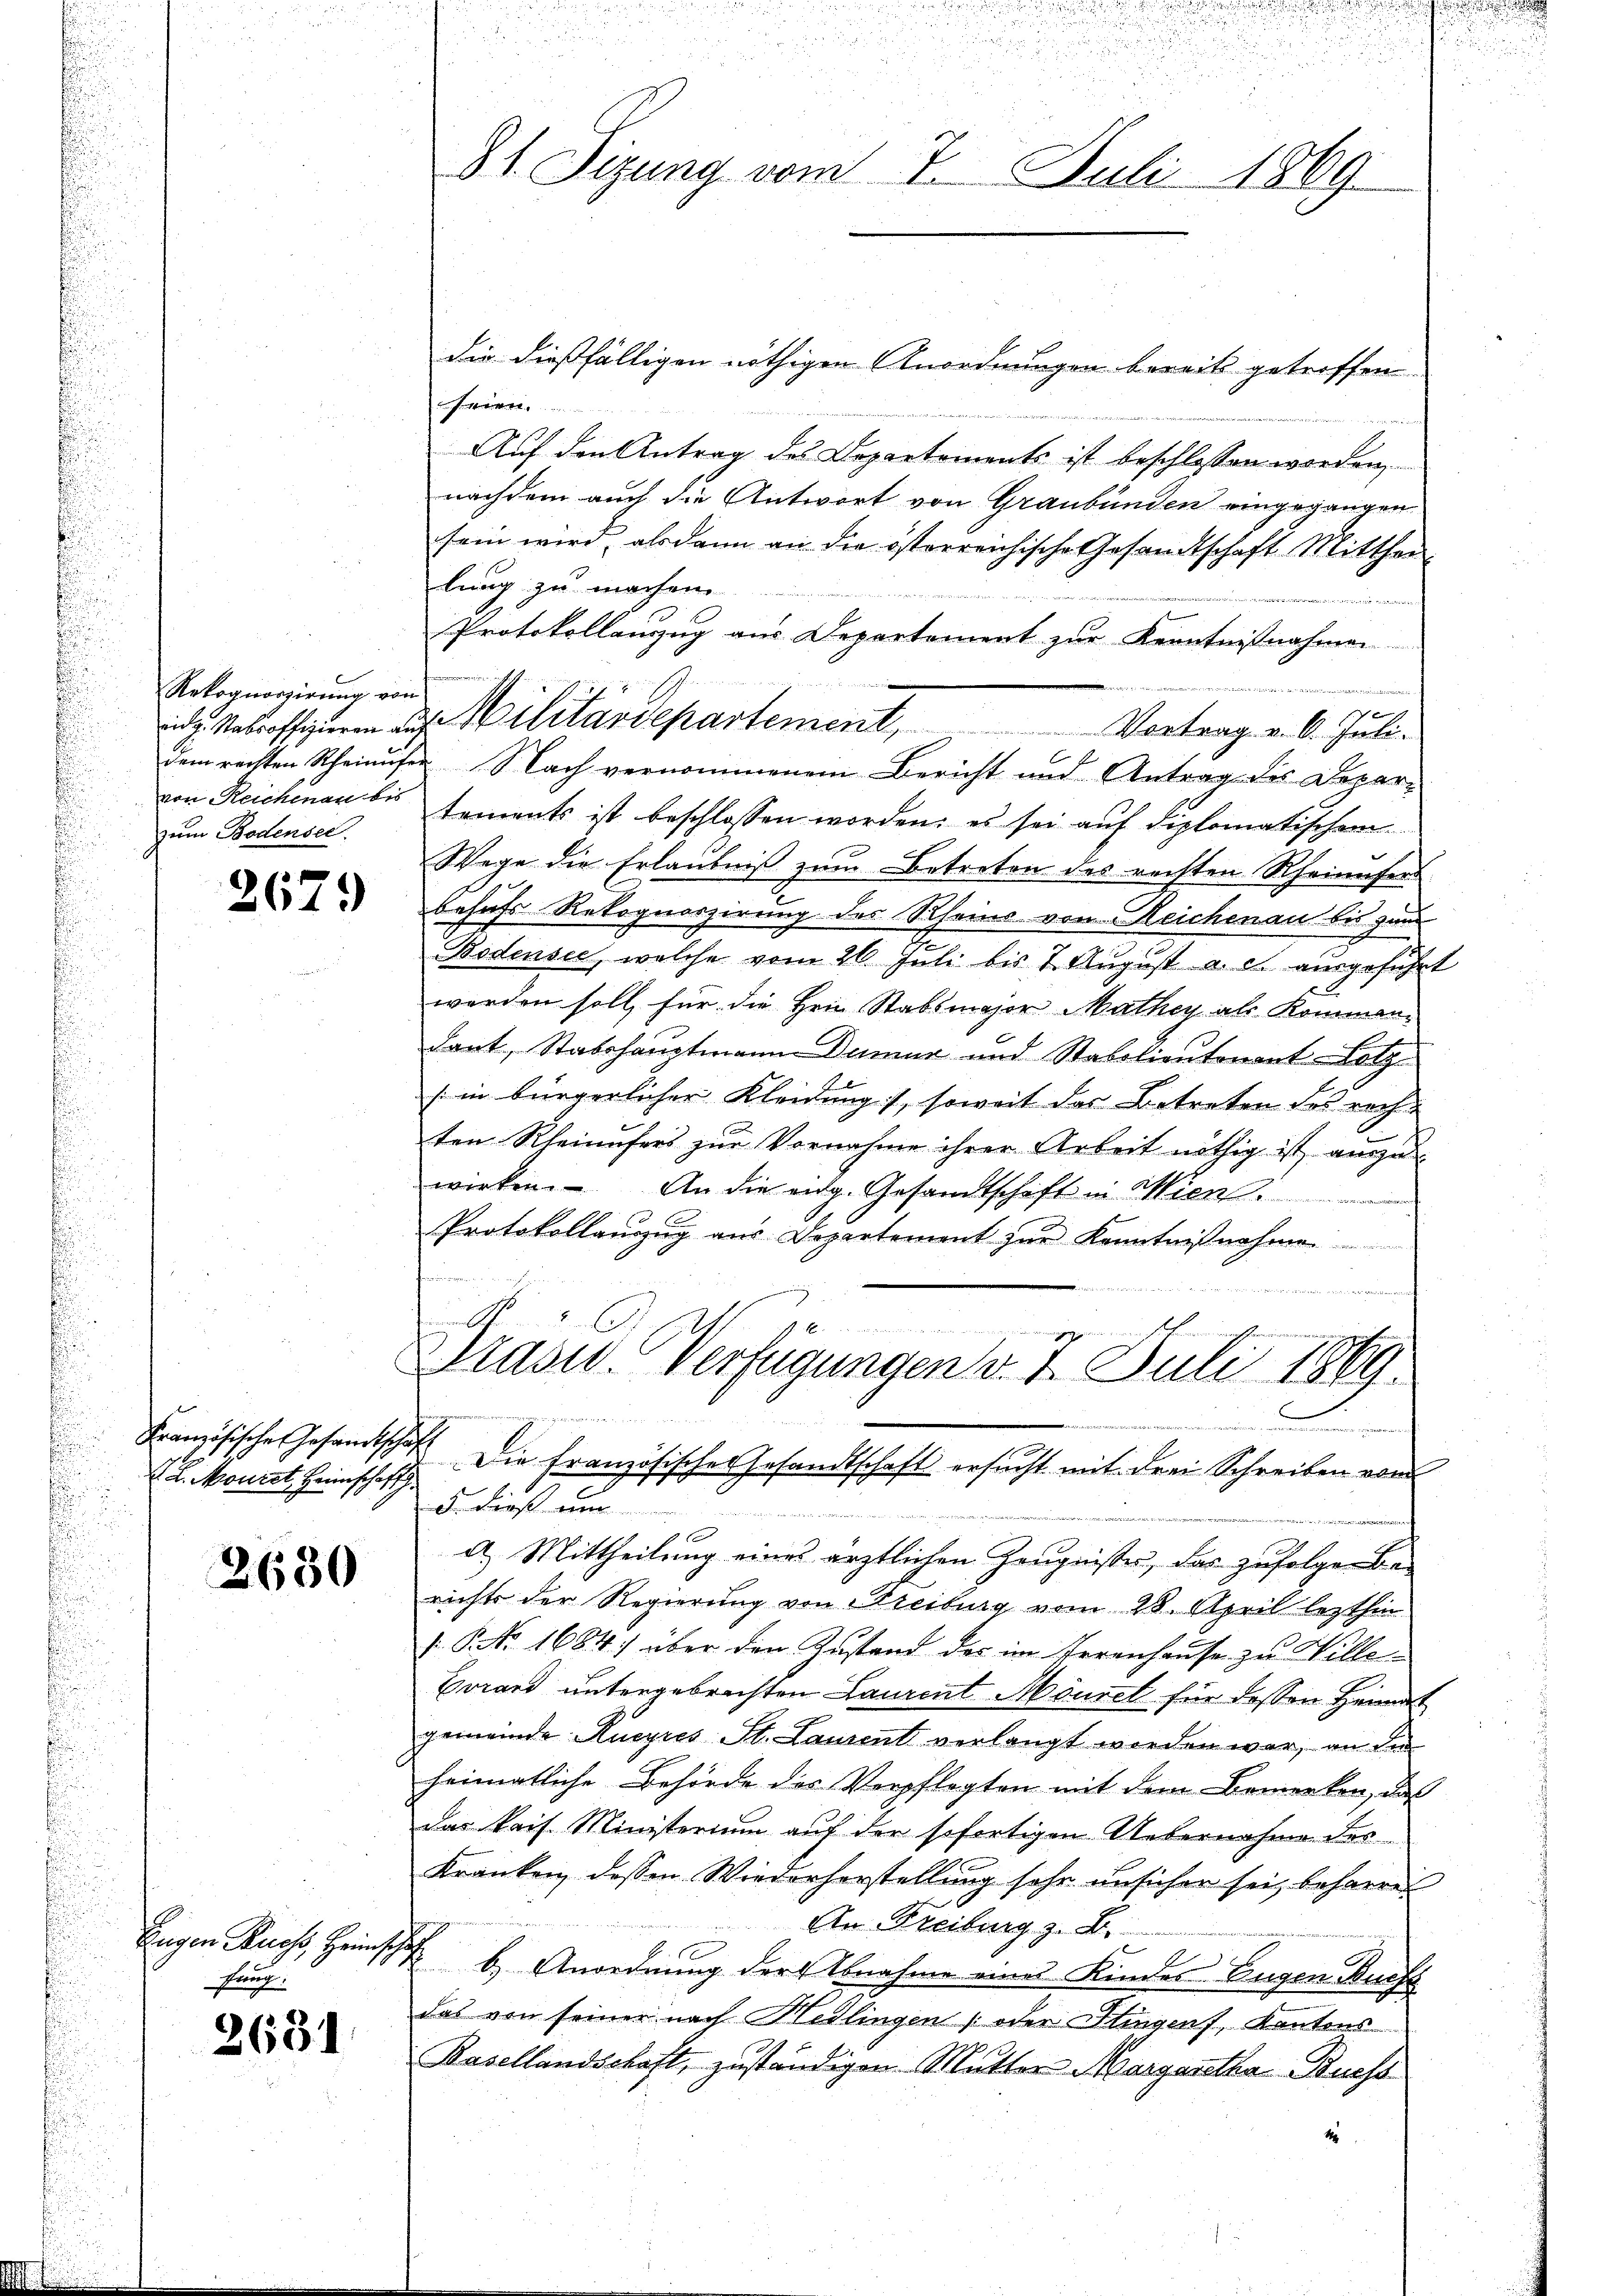
Rekognoszirung von
zum Bodensee.

2679

Französische Gesandtsch
V. L. Mauret, Heimschaft

2630

Eugen Russ, Heinsch
Prange.

3631.

die dießfälligen nöthigen Anordnungen bereits getroffen.
e
Auf den Antrag des Departements ist beschlossen worden,
nachdem auch die Antwort von Graubünden eingegangen
sein wird, alsdann an die österreichische Gesandtschaft Mitthei-
lung zu machen.
Protokollanzug aus Departement zur Kenntnißnahmen
g
 Metroffiziren aus Militärdepartement, Vortrag v. 6. Juli.
6
dem rechten Rheinufer Nach vernommenem Bericht und Antrag des Depar-
von Reichenau bis tements ist beschlossen worden: es sei aŭf diplomatischem
Wege die Erlaubniß zum Betreten des rechten Rheinufers
besuchs Rekognoszirung des Rheins von Reichenau bis zun
Bodensee, welche vom 26. Juli bis 7. August a. c. ausgeführt
werden soll, für die Hrn. Stabsmajor Mathey als Kommendant, Stabshauptmann Dumar und Stabolieutenant Holz¬
[in bürgerlicher Kleidung), soweit das Betreten des rechten Rheinufers zur Vornahme ihrer Arbeit nöthig ist auszu
wirken. An die eidg. Gesandtschaft in Wien.
Protokollanzug aus Departement zur Kenntnißnahme
f
adin viellen name
1 x
Drase Verfügungen v. 7. Juli 1869.
ungen genommenen und werden
h
Die Französisches Gesandtschaft ersucht mit drei Schreiben von
F. Dieß um
.
.
d.) Mittheilung eines ärztlichen Zeugnisses, das zufolgen Berichts der Regierung von Streiburg vom 28. April lezthin
 P NNo. 1684) über den Zustand des im Irrenhause zu Willer
Corand untergebrachten Laurent Möurel für dessen Heimat
gemeinde Rücyres St. Laurent verlangt worden war, an die
heimatliche Behörde des Verpflegten mit dem Bemerken, das
Das kais. Ministerium auf der sofortigen Uebernahme des
Kranken dessen Wiederherstellung sehr unsicher sei, beharret
An Freiburg z. B.
.
& b.) Anordnung der Abnahme eines Kindes Eingen Buchs
das von seiner nach Heslingen oder Hingenf, Kantons
Basellandschaft, zuständigen Mutter Margaretha Buchs
1

81. Sizung vom 7. Juli 1869